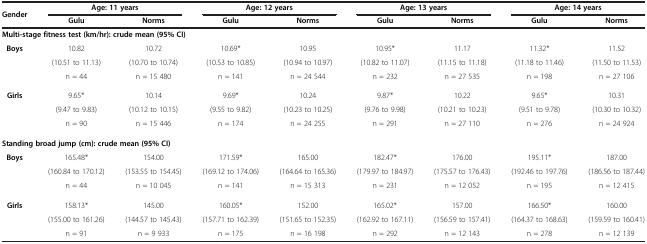
<table><thead><tr><td rowspan="2"><b>Gender</b></td><td colspan="2"><b>Age: 11 years</b></td><td colspan="2"><b>Age: 12 years</b></td><td colspan="2"><b>Age: 13 years</b></td><td colspan="2"><b>Age: 14 years</b></td></tr><tr><td><b>Gulu</b></td><td><b>Norms</b></td><td><b>Gulu</b></td><td><b>Norms</b></td><td><b>Gulu</b></td><td><b>Norms</b></td><td><b>Gulu</b></td><td><b>Norms</b></td></tr></thead><tbody><tr><td colspan="8"><b>Multi-stage fitness test (km/hr): crude mean (95% </b><b>CI)</b></td><td> </td></tr><tr><td><b>Boys</b></td><td>10.82</td><td>10.72</td><td>10.69*</td><td>10.95</td><td>10.95*</td><td>11.17</td><td>11.32*</td><td>11.52</td></tr><tr><td> </td><td>(10.51 to 11.13)</td><td>(10.70 to 10.74)</td><td>(10.53 to 10.85)</td><td>(10.94 to 10.97)</td><td>(10.82 to 11.07)</td><td>(11.15 to 11.18)</td><td>(11.18 to 11.46)</td><td>(11.50 to 11.53)</td></tr><tr><td> </td><td>n = 44</td><td>n = 15 480</td><td>n = 141</td><td>n = 24 544</td><td>n = 232</td><td>n = 27 535</td><td>n = 198</td><td>n = 27 106</td></tr><tr><td><b>Girls</b></td><td>9.65*</td><td>10.14</td><td>9.69*</td><td>10.24</td><td>9.87*</td><td>10.22</td><td>9.65*</td><td>10.31</td></tr><tr><td> </td><td>(9.47 to 9.83)</td><td>(10.12 to 10.15)</td><td>(9.55 to 9.82)</td><td>(10.23 to 10.25)</td><td>(9.76 to 9.98)</td><td>(10.21 to 10.23)</td><td>(9.51 to 9.78)</td><td>(10.30 to 10.32)</td></tr><tr><td> </td><td>n = 90</td><td>n = 15 446</td><td>n = 174</td><td>n = 24 255</td><td>n = 291</td><td>n = 27 110</td><td>n = 276</td><td>n = 24 924</td></tr><tr><td colspan="9"><b>Standing broad jump (cm): crude mean (95% </b><b>CI)</b></td></tr><tr><td><b>Boys</b></td><td>165.48*</td><td>154.00</td><td>171.59*</td><td>165.00</td><td>182.47*</td><td>176.00</td><td>195.11*</td><td>187.00</td></tr><tr><td> </td><td>(160.84 to 170.12)</td><td>(153.55 to 154.45)</td><td>(169.12 to 174.06)</td><td>(164.64 to 165.36)</td><td>(179.97 to 184.97)</td><td>(175.57 to 176.43)</td><td>(192.46 to 197.76)</td><td>(186.56 to 187.44)</td></tr><tr><td> </td><td>n = 44</td><td>n = 10 045</td><td>n = 141</td><td>n = 15 313</td><td>n = 231</td><td>n = 12 052</td><td>n = 195</td><td>n = 12 415</td></tr><tr><td><b>Girls</b></td><td>158.13*</td><td>145.00</td><td>160.05*</td><td>152.00</td><td>165.02*</td><td>157.00</td><td>166.50*</td><td>160.00</td></tr><tr><td> </td><td>(155.00 to 161.26)</td><td>(144.57 to 145.43)</td><td>(157.71 to 162.39)</td><td>(151.65 to 152.35)</td><td>(162.92 to 167.11)</td><td>(156.59 to 157.41)</td><td>(164.37 to 168.63)</td><td>(159.59 to 160.41)</td></tr><tr><td> </td><td>n = 91</td><td>n = 9 933</td><td>n = 175</td><td>n = 16 198</td><td>n = 292</td><td>n = 12 143</td><td>n = 278</td><td>n = 12 139</td></tr></tbody></table>